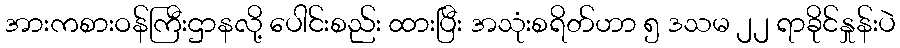
အားကစားဝန်ကြီးဌာနလို့ ပေါင်းစည်း ထားပြီး အသုံးစရိတ်ဟာ ၅ ဒသမ ၂၂ ရာခိုင်နှုန်းပဲ